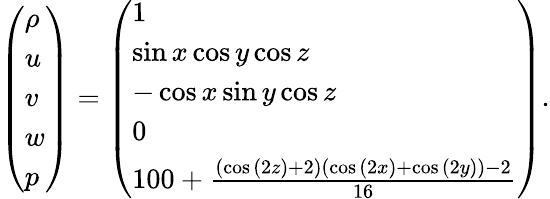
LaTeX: \left(\begin{array}{l}{\rho}\\ {u}\\ {v}\\ {w}\\ {p}\end{array}\right)=\left(\begin{array}{l}{1}\\ {\sin{x}\cos{y}\cos{z}}\\ {-\cos{x}\sin{y}\cos{z}}\\ {0}\\ {100+\frac{\left(\cos{(2z)}+2\right)\left(\cos{(2x)}+\cos{(2y)}\right)-2}{16}}\end{array}\right).